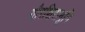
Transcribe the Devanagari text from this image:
गौरशिरामुनि